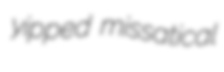
yipped missatical